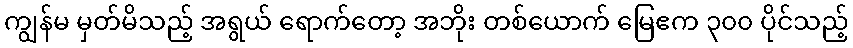
ကျွန်မ မှတ်မိသည့် အရွယ် ရောက်တော့ အဘိုး တစ်ယောက် မြေဧက ၃၀၀ ပိုင်သည့်